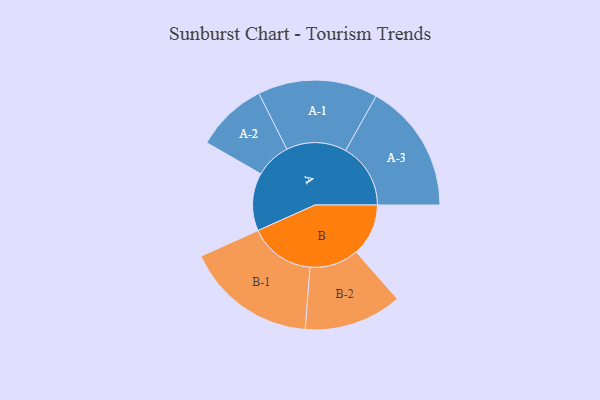
{"axis": {"x": "Segment", "y": "Value"}, "legend": ["", "A", "B"], "data": [{"x": "A", "y": 253, "type": ""}, {"x": "B", "y": 228, "type": ""}, {"x": "A-1", "y": 262, "type": "A"}, {"x": "A-2", "y": 156, "type": "A"}, {"x": "A-3", "y": 284, "type": "A"}, {"x": "B-1", "y": 287, "type": "B"}, {"x": "B-2", "y": 214, "type": "B"}]}